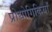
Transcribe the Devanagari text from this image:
प्रोद्योगिकियाँ